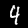
Digit: 4